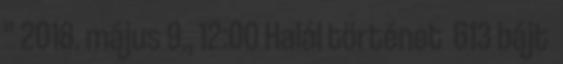
” 2018. május 9., 12:00 ‎Halál történet ‎ 613 bájt